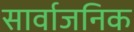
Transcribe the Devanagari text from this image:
सार्वाजनिक